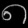
Digit: ၈